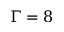
\Gamma = 8